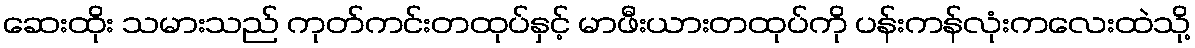
ဆေးထိုး သမားသည် ကုတ်ကင်းတထုပ်နှင့် မာဖီးယားတထုပ်ကို ပန်းကန်လုံးကလေးထဲသို့